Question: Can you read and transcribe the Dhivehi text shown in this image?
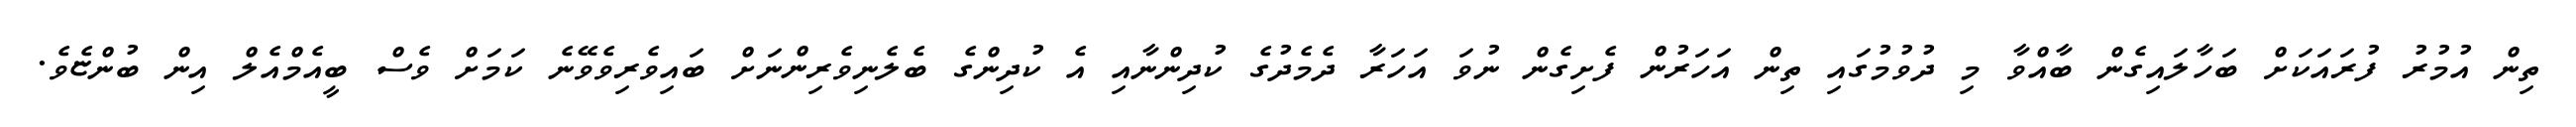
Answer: ތިން އުމުރު ފުރައަކަށް ބަހާލައިގެން ބާއްވާ މި ދުވުމުގައި ތިން އަހަރުން ފެށިގެން ނުވަ އަހަރާ ދެމެދުގެ ކުދިންނާއި އެ ކުދިންގެ ބެލެނިވެރިންނަށް ބައިވެރިވެވޭނެ ކަމަށް ވެސް ބީއެމްއެލް އިން ބުންޏެވެ.